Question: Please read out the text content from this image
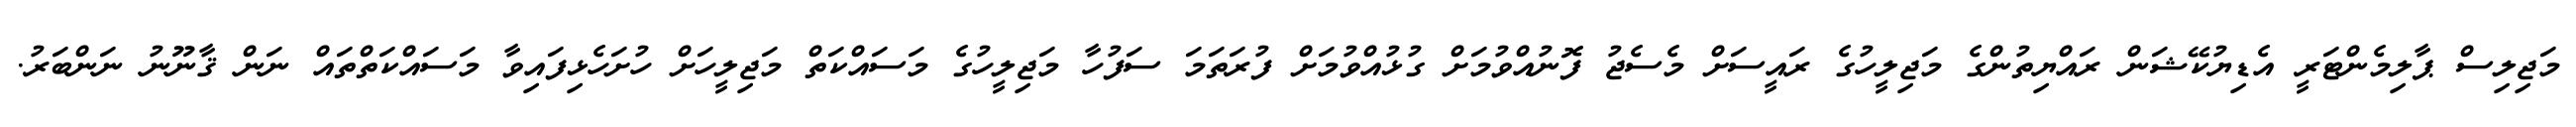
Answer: މަޖިލިސް ޕާލިމެންޓަރީ އެޑިޔުކޭޝަން ރައްޔިތުންގެ މަޖިލީހުގެ ރައީސަށް މެސެޖު ފޮނުއްވުމަށް ގުޅުއްވުމަށް ފުރަތަމަ ސަފުހާ މަޖިލީހުގެ މަސައްކަތް މަޖިލީހަށް ހުށަހެޅިފައިވާ މަސައްކަތްތައް ނަން ޤާނޫނު ނަންބަރު.